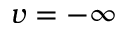
v = - \infty